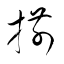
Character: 揃